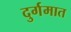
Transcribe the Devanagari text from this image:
दुर्गमात